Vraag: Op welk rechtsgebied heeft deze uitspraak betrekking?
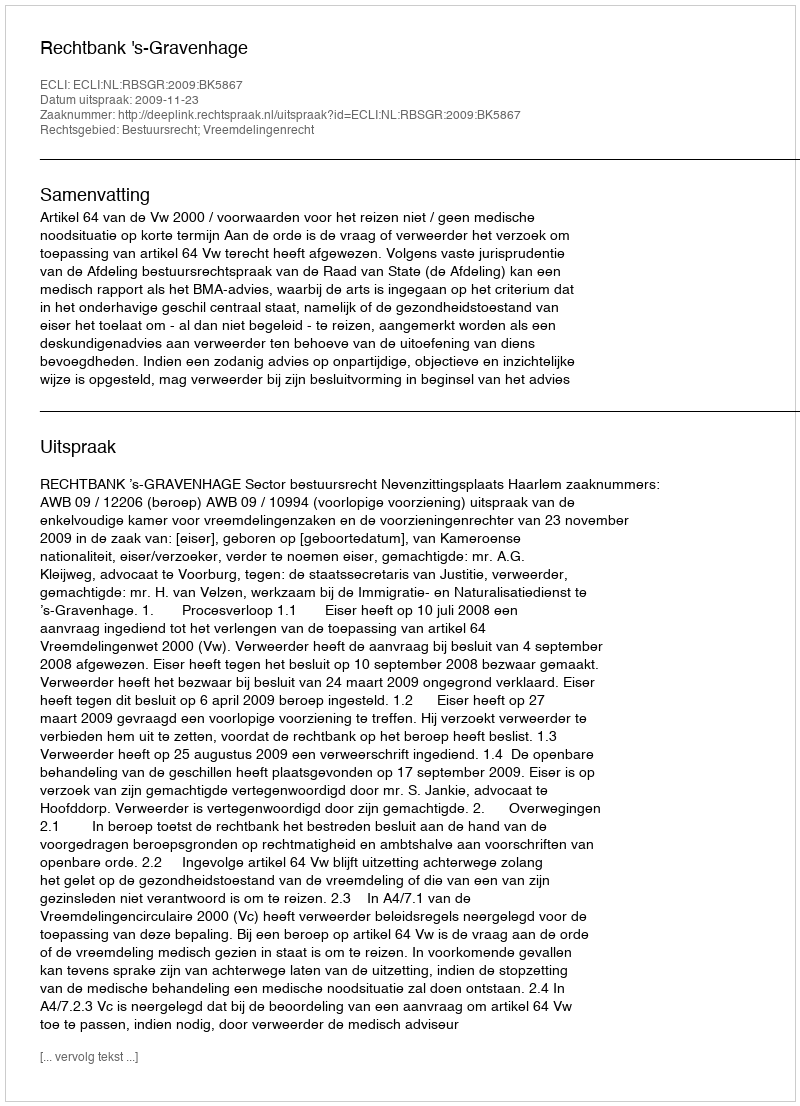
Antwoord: Bestuursrecht; Vreemdelingenrecht